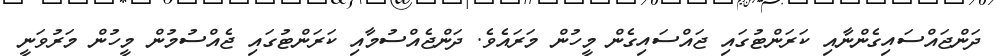
ދަންޖައްސައިގެންނާއި ކަރަންޓުގައި ޖައްސައިގެން މީހުން މަރައެވެ. ދަންޖެއްސުމާއި ކަރަންޓުގައި ޖެއްސުމުން މީހުން މަރުވަނީ